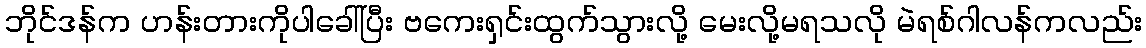
ဘိုင်ဒန်က ဟန်းတားကိုပါခေါ်ပြီး ဗကေးရှင်းထွက်သွားလို့ မေးလို့မရသလို မဲရစ်ဂါလန်ကလည်း